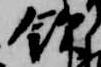
飲